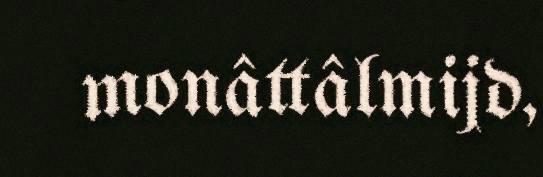
monâttâlmijd,